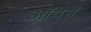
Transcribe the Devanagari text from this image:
ऑथरों